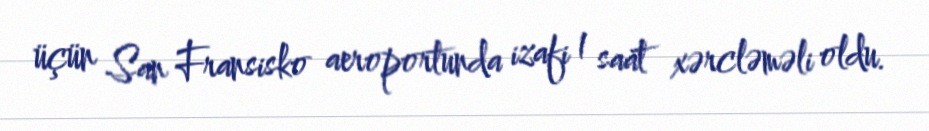
üçün San Fransisko aeroportunda izafi 1 saat xərcləməli oldu.